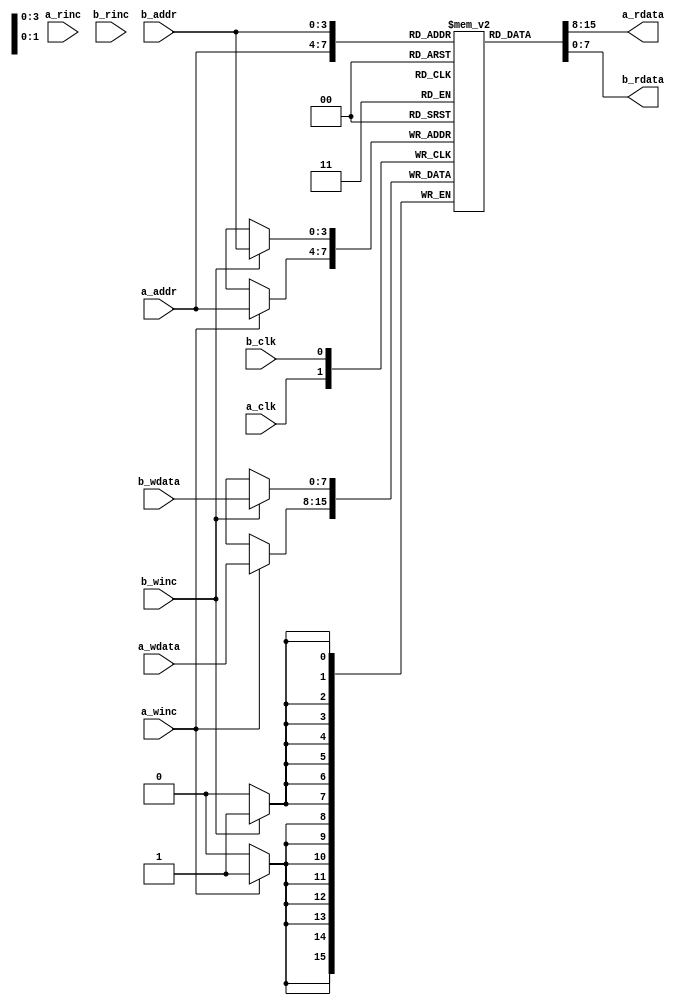
module fifomem_dp

    #(
        parameter  DATASIZE     = 8,      // Memory data word width
        parameter  ADDRSIZE     = 4,      // Number of mem address bits
        parameter  FALLTHROUGH  = "TRUE"  // First word fall-through
    ) (
        input  wire                a_clk,
        input  wire [DATASIZE-1:0] a_wdata,
        output wire [DATASIZE-1:0] a_rdata,
        input  wire [ADDRSIZE-1:0] a_addr,
        input  wire                a_rinc,
        input  wire                a_winc,

        input  wire                b_clk,
        input  wire [DATASIZE-1:0] b_wdata,
        output wire [DATASIZE-1:0] b_rdata,
        input  wire [ADDRSIZE-1:0] b_addr,
        input  wire                b_rinc,
        input  wire                b_winc
    );

    reg [DATASIZE-1:0] a_rdata_r;
    reg [DATASIZE-1:0] b_rdata_r;

    generate

        localparam DEPTH = 1<<ADDRSIZE;
        reg [DATASIZE-1:0] mem [0:DEPTH-1];

        if (FALLTHROUGH == "TRUE") begin : fallthrough

            always @(posedge a_clk)
                if (a_winc)
                    mem[a_addr] <= a_wdata;

            assign a_rdata  = mem[a_addr];

            always @(posedge b_clk)
                if (b_winc)
                    mem[b_addr] <= b_wdata;

            assign b_rdata = mem[b_addr];

        end else begin : registered

            wire a_en = a_rinc | a_winc;

            always @(posedge a_clk)
                if (a_en) begin
                    if (a_winc)
                        mem[a_addr] <= a_wdata;
                    a_rdata_r <= mem[a_addr];
                end

            assign a_rdata = a_rdata_r;

            wire b_en = b_rinc | b_winc;

            always @(posedge b_clk)
                if (b_en) begin
                    if (b_winc)
                        mem[b_addr] <= b_wdata;
                    b_rdata_r <= mem[b_addr];
                end

            assign b_rdata = b_rdata_r;

        end // block: registered
    endgenerate


endmodule